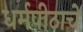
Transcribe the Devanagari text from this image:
धर्मपीठाचे